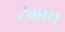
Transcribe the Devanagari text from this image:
टंकार।